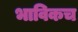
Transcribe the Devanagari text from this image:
भाविकच